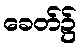
ခေတ်၌